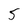
Character: 5